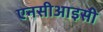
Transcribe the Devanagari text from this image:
एनसीआइसी